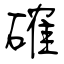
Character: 確